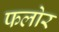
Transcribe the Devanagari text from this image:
फलोर